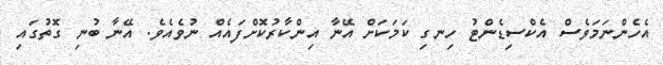
އެހެންނަމަވެސް އެކްސިޑެންޓު ހިނގި ކަމަކަށް އޭނާ އިންކާރުކޮށްފައެއް ނުވެއެވެ. އޭނާ ބުނި ގޮތުގައި